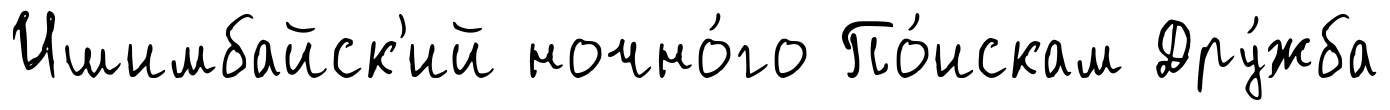
Ишимбайск'ий ночно́го По́искам Дру́жба